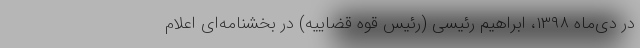
در دی‌ماه ۱۳۹۸، ابراهیم رئیسی (رئیس قوه قضاییه) در بخشنامه‌ای اعلام